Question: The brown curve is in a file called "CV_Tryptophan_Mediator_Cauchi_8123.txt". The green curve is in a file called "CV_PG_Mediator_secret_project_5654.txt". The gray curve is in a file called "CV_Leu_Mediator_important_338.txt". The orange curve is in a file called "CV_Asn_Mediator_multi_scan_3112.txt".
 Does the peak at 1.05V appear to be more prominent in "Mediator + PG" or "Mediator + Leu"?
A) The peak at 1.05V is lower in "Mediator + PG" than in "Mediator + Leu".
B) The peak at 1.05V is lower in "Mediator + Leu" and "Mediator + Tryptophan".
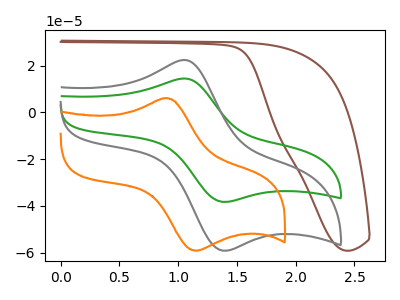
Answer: <think>The brown curve "Mediator + Tryptophan" has no peaks. The green curve "Mediator + PG" has an anodic peak at (1.05V, 14.50uA) and a cathodic peak at (1.40V, -38.25uA). The gray curve "Mediator + Leu" has an anodic peak at (1.05V, 22.45uA) and a cathodic peak at (1.40V, -59.15uA). The orange curve "Mediator + Asn" has an anodic peak at (0.90V, 6.05uA) and a cathodic peak at (1.15V, -59.15uA).</think>
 <answer>A) The peak at 1.05V is lower in "Mediator + PG" than in "Mediator + Leu".</answer>
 <eval>A</eval>